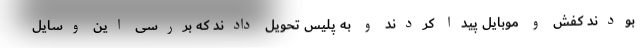
بودند کفش و موبایل پیدا کردند و به پلیس تحویل دادند که بررسی این وسایل